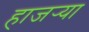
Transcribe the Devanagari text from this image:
हाजर्‍या